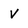
Character: v